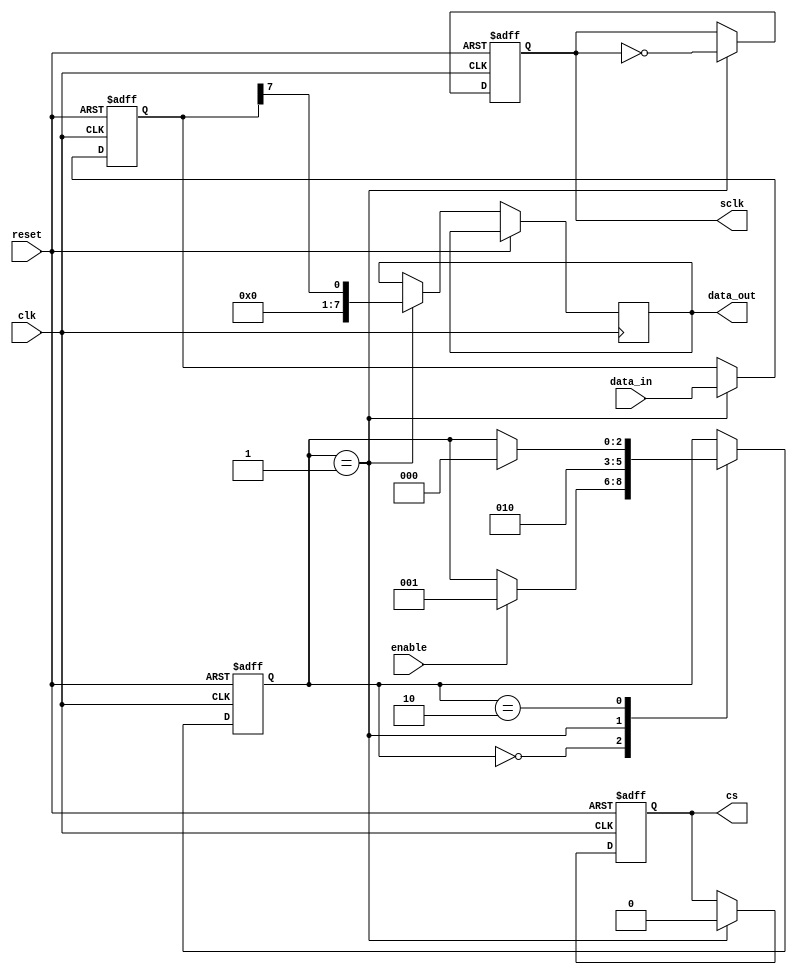
module spi_master(
   input wire clk,
   input wire reset,
   input wire enable,
   input wire [7:0] data_in,
   output reg [7:0] data_out,
   output reg sclk,
   output reg cs
);

reg [7:0] shift_reg;
reg [2:0] state;

parameter IDLE = 3'b000;
parameter SEND_DATA = 3'b001;
parameter RECEIVE_DATA = 3'b010;

always @(posedge clk or posedge reset) begin
   if (reset) begin
      shift_reg <= 8'b0;
      state <= IDLE;
      sclk <= 1'b0;
      cs <= 1'b1;
   end else begin
      case (state)
         IDLE: begin
            if (enable) begin
               state <= SEND_DATA;
            end
         end
         SEND_DATA: begin
            // shift out data bits serially
            data_out <= shift_reg[7];
            shift_reg <= {shift_reg[6:0], data_in};
            
            // generate clock and chip select signals
            sclk <= ~sclk;
            cs <= 1'b0;
            
            state <= RECEIVE_DATA;
         end
         RECEIVE_DATA: begin
            // handle data reception
            
            // manage timing requirements
            
            if (condition) begin
               state <= IDLE;
            end
         end
      endcase
   end
end

endmodule